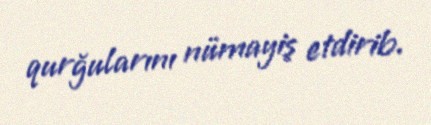
qurğularını nümayiş etdirib.